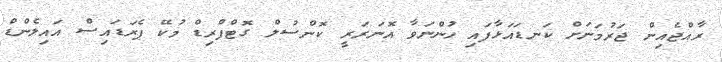
ރާއްޖެއިން ޖަރުމަނަށް ކަނޑައަޅާފައި ހުންނަވާ އޮނަރަރީ ކޮންސުލް ގޮޓްފްރިޑް މުކޭ ޕެރަޑައިސް އައިލެންޑް